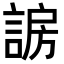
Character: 𬢰